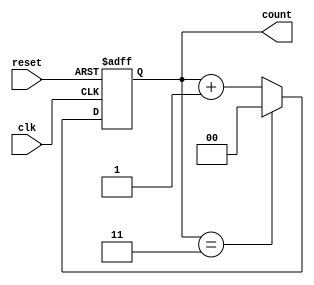
module mod_n_async_counter #(parameter N = 4) (
    input wire clk,         // Clock signal
    input wire reset,       // Asynchronous reset signal
    output reg [k-1:0] count // Output count
);
    // Calculate the number of flip-flops required
    localparam k = $clog2(N);
    
    // Asynchronous reset and counting logic
    always @(posedge clk or posedge reset) begin
        if (reset) begin
            count <= 0; // Reset the counter to 0
        end else begin
            if (count == N-1) begin
                count <= 0; // Reset to 0 after reaching N-1
            end else begin
                count <= count + 1; // Increment the counter
            end
        end
    end
endmodule